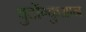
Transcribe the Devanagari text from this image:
बुदोंग्कुआन